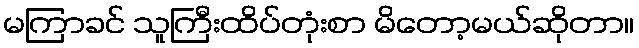
မကြာခင် သူကြီးထိပ်တုံးစာ မိတော့မယ်ဆိုတာ။